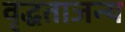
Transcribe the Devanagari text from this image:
वृद्धताजन्य